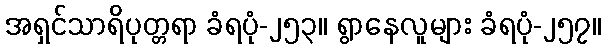
အရှင်သာရိပုတ္တရာ ခံရပုံ-၂၅၃။ ရွာနေလူများ ခံရပုံ-၂၅၇။